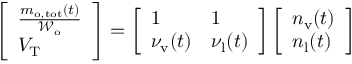
\begin{array} { r } { \left[ \begin{array} { l } { \frac { m _ { \mathrm { o , t o t } } ( t ) } { \mathcal { W } _ { \mathrm { o } } } } \\ { V _ { \mathrm { T } } } \end{array} \right] = \left[ \begin{array} { l l } { 1 } & { 1 } \\ { \nu _ { \mathrm { v } } ( t ) } & { \nu _ { \mathrm { l } } ( t ) } \end{array} \right] \left[ \begin{array} { l } { n _ { \mathrm { v } } ( t ) } \\ { n _ { \mathrm { l } } ( t ) } \end{array} \right] } \end{array}